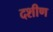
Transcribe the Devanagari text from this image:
दशीण